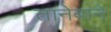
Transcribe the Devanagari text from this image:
तानेबाने